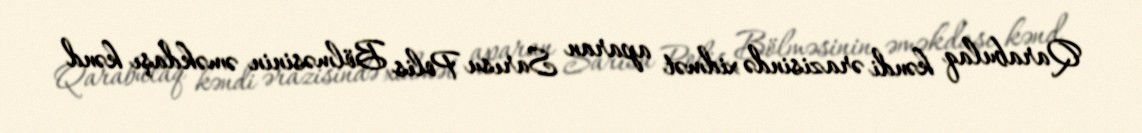
Qarabulaq kəndi ərazisində xidmət aparan Sarısu Polis Bölməsinin əməkdaşı kənd